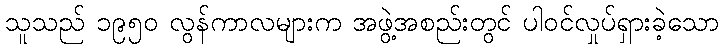
သူသည် ၁၉၅၀ လွန်ကာလများက အဖွဲ့အစည်းတွင် ပါဝင်လှုပ်ရှားခဲ့သော